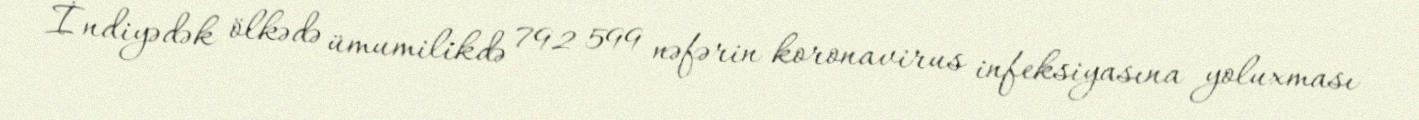
İndiyədək ölkədə ümumilikdə 792 599 nəfərin koronavirus infeksiyasına yoluxması